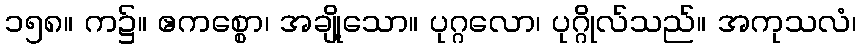
၁၅၈။ က၌။ ဧကစ္စော၊ အချို့သော။ ပုဂ္ဂလော၊ ပုဂ္ဂိုလ်သည်။ အကုသလံ၊